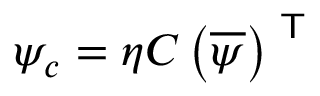
\psi _ { c } = \eta C \left( { \overline { { \psi } } } \right) ^ { \textsf { T } }